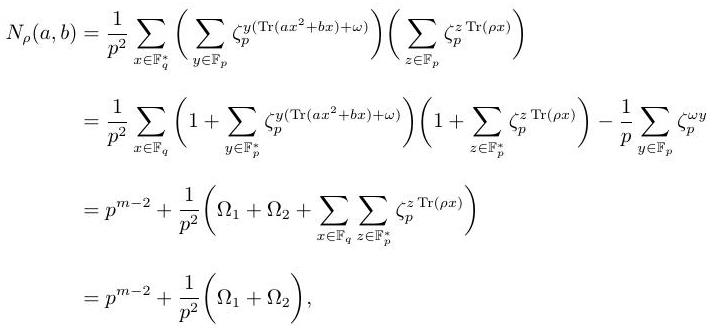
\begin{align*}
N_{\rho}(a, b) & =\frac{1}{p^{2}} \sum_{x \in \mathbb{F}_{q}^{*}}\left(\sum_{y \in \mathbb{F}_{p}} \zeta_{p}^{y\left(\operatorname{Tr}\left(a x^{2}+b x\right)+\omega\right)}\right)\left(\sum_{z \in \mathbb{F}_{p}} \zeta_{p}^{z \operatorname{Tr}(\rho x)}\right) \\
& =\frac{1}{p^{2}} \sum_{x \in \mathbb{F}_{q}}\left(1+\sum_{y \in \mathbb{F}_{p}^{*}} \zeta_{p}^{y\left(\operatorname{Tr}\left(a x^{2}+b x\right)+\omega\right)}\right)\left(1+\sum_{z \in \mathbb{F}_{p}^{*}} \zeta_{p}^{z \operatorname{Tr}(\rho x)}\right)-\frac{1}{p} \sum_{y \in \mathbb{F}_{p}} \zeta_{p}^{\omega y} \\
& =p^{m-2}+\frac{1}{p^{2}}\left(\Omega_{1}+\Omega_{2}+\sum_{x \in \mathbb{F}_{q}} \sum_{z \in \mathbb{F}_{p}^{*}} \zeta_{p}^{z \operatorname{Tr}(\rho x)}\right) \\
& =p^{m-2}+\frac{1}{p^{2}}\left(\Omega_{1}+\Omega_{2}\right),
\end{align*}